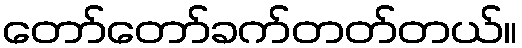
တော်တော်ခက်တတ်တယ်။